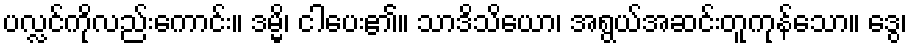
ပလ္လင်ကိုလည်းကောင်း။ ဒမ္မိ၊ ငါပေး၏။ သာဒိသိယော၊ အရွယ်အဆင်းတူကုန်သော။ ဒွေ၊